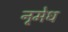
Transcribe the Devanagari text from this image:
नृमेध